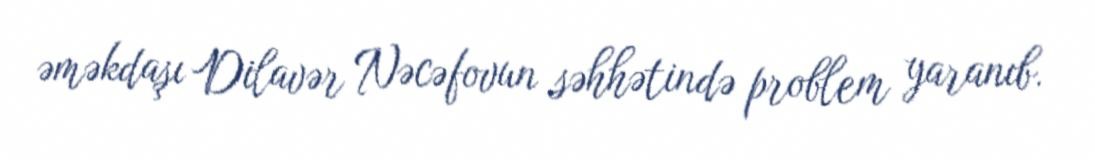
əməkdaşı Dilavər Nəcəfovun səhhətində problem yaranıb.